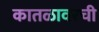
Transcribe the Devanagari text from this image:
कातळावरची